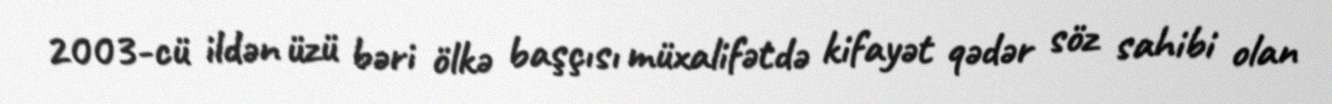
2003-cü ildən üzü bəri ölkə başçısı müxalifətdə kifayət qədər söz sahibi olan